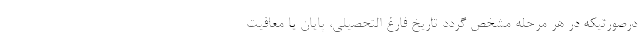
درصورتیکه در هر مرحله مشخص گردد تاریخ فارغ التحصیلی، پایان یا معافیت